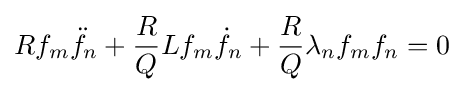
Rf_{m}{\ddot {f}}_{n}+{\frac {R}{Q}}Lf_{m}{\dot {f}}_{n}+{\frac {R}{Q}}\lambda _{n}f_{m}f_{n}=0